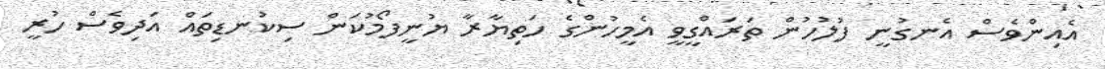
އެއިންވެސް އެނގުނީ ފުލުހުން ތަރައްގީވީ އެމީހުންގެ ހަތިޔާރާ ޔުނީފޯމުކަން ސިކުނޑިތައް އަދިވެސް ހުރީ